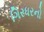
ગિરધરનો